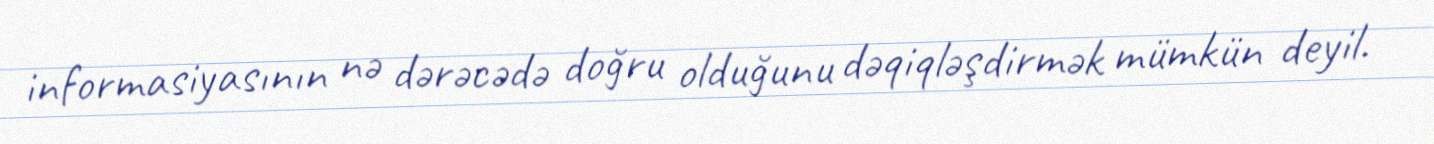
informasiyasının nə dərəcədə doğru olduğunu dəqiqləşdirmək mümkün deyil.